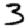
Digit: 3